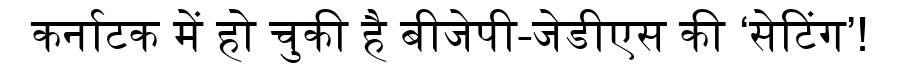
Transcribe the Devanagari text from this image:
कर्नाटक में हो चुकी है बीजेपी-जेडीएस की ‘सेटिंग’!